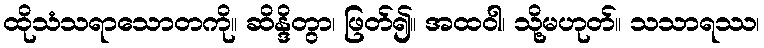
ထိုသံသရာသောတကို။ ဆိန္ဒိတွာ၊ ဖြတ်၍။ အထဝါ၊ သို့မဟုတ်။ သသာရဿ၊